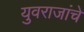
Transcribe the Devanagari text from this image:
युवराजांचे